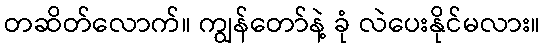
တဆိတ်လောက်။ ကျွန်တော်နဲ့ ခုံ လဲပေးနိုင်မလား။